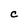
Character: C